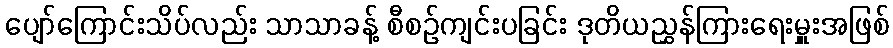
ပျော်ကြောင်းသိပ်လည်း သာသာခန့် စီစဉ်ကျင်းပခြင်း ဒုတိယညွှန်ကြားရေးမှူးအဖြစ်